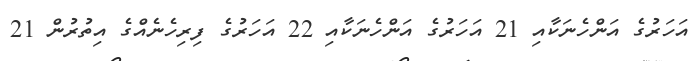
އަހަރުގެ އަންހެނަކާއި 21 އަހަރުގެ އަންހެނަކާއި 22 އަހަރުގެ ފިރިހެނެއްގެ އިތުރުން 21